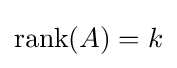
\operatorname {rank} (A)=k